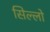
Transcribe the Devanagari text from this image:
सिल्लो